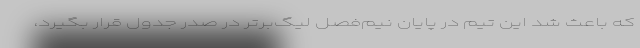
که باعث شد این تیم در پایان نیم‌فصل لیگ‌برتر در صدر جدول قرار بگیرد،